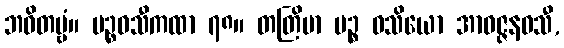
ဘဝိတဗ္ဗံ။ ပဉ္စဝသီကထာ ၇၈။ တတြိမာ ပဉ္စ ဝသိယော အာဝဇ္ဇနဝသီ,